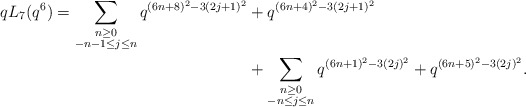
\begin{align*} \begin{aligned}q L_{7}(q^6) = \sum_{\substack{n \geq 0 \\ -n-1 \leq j \leq n}} q^{(6n+8)^2 - 3(2j+1)^2} & + q^{(6n+4)^2 - 3(2j+1)^2} \\& + \sum_{\substack{n \geq 0 \\ -n \leq j \leq n}} q^{(6n+1)^2 - 3(2j)^2} + q^{(6n+5)^2 - 3(2j)^2}.\end{aligned}\end{align*}